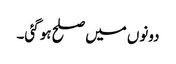
دونوں میں صلح ہو گئی۔